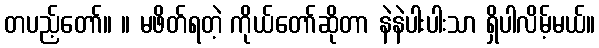
တပည့်တော်။ ။ မဖိတ်ရတဲ့ ကိုယ်တော်ဆိုတာ နဲနဲပါးပါးသာ ရှိပါလိမ့်မယ်။